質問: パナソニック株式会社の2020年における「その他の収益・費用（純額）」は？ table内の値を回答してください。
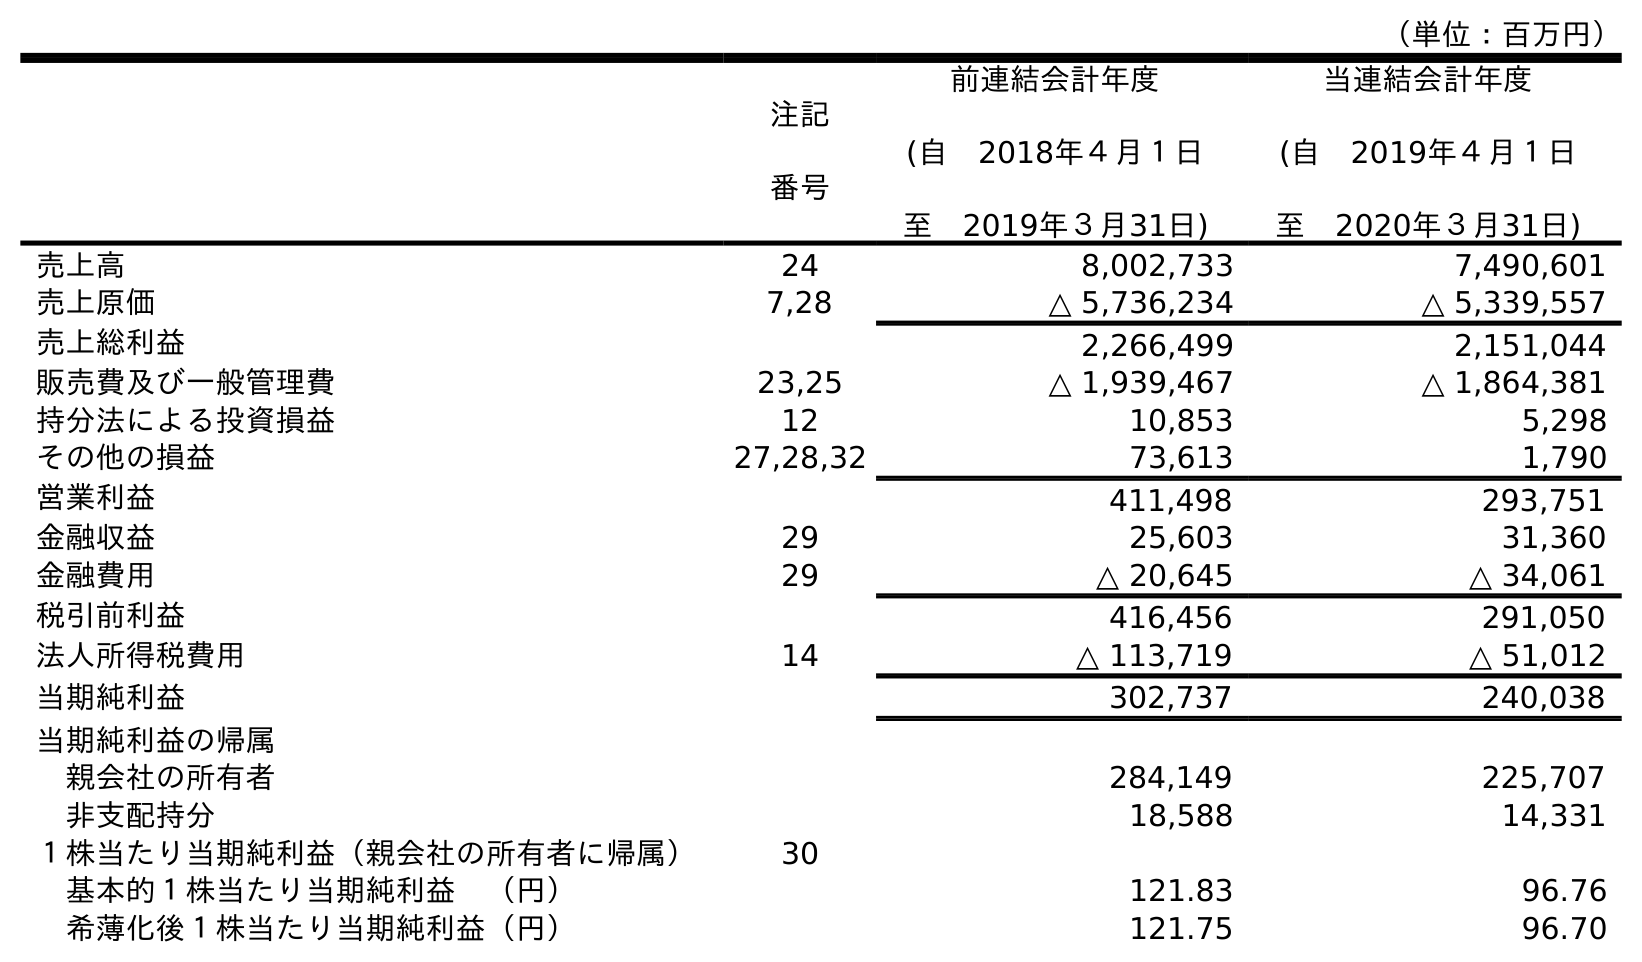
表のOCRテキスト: （単位：百万円） 注記 番号 前連結会計年度 (自 2018年４月１日 至 2019年３月31日) 当連結会計年度 (自 2019年４月１日 至 2020年３月31日) 売上高 24 8,002,733 7,490,601 売上原価 7,28 △ 5,736,234 △ 5,339,557 売上総利益 2,266,499 2,151,044 販売費及び一般管理費 23,25 △ 1,939,467 △ 1,864,381 持分法による投資損益 12 10,853 5,298 その他の損益 27,28,32 73,613 1,790 営業利益 411,498 293,751 金融収益 29 25,603 31,360 金融費用 29 △ 20,645 △ 34,061 税引前利益 416,456 291,050 法人所得税費用 14 △ 113,719 △ 51,012 当期純利益 302,737 240,038 当期純利益の帰属 親会社の所有者 284,149 225,707 非支配持分 18,588 14,331 １株当たり当期純利益（親会社の所有者に帰属） 30 基本的１株当たり当期純利益 （円） 121.83 96.76 希薄化後１株当たり当期純利益（円） 121.75 96.70
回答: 1,790